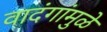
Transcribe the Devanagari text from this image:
वादंगांमुळे